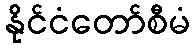
နိုင်ငံတော်စီမံ